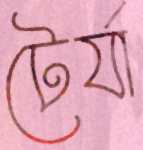
টের্যা